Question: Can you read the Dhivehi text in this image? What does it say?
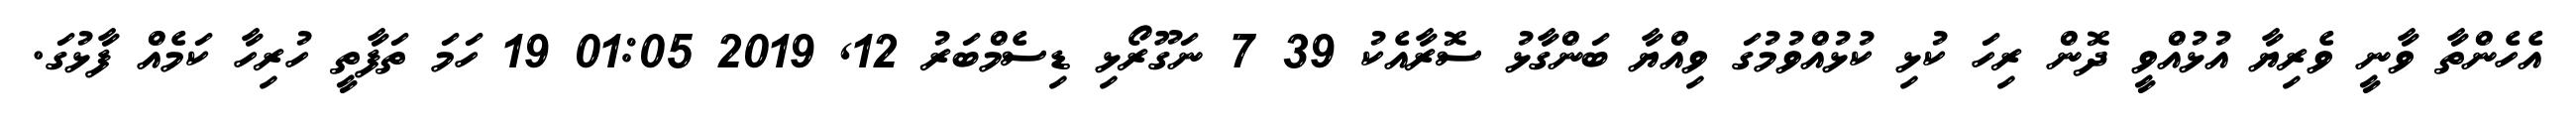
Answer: އެހެންތާ ވާނީ ވެރިޔާ އުޅުއްވީ ދޮން ރިހަ ކުޅި ކުޅުއްވުމުގަ ވިއްޔާ ބަންގާޅު ސޮރާއެކު 39 7 ނަގޫރޯޅި ޑިސެމްބަރު 12, 2019 01:05 19 ހަމަ ތަފާތީ ހުރިހާ ކަމެއް ފާޅުގަ.